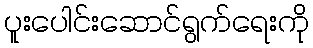
ပူးပေါင်းဆောင်ရွက်ရေးကို